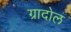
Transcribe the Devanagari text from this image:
ग्रादोल